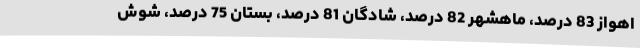
اهواز 83 درصد، ماهشهر 82 درصد، شادگان 81 درصد، بستان 75 درصد، شوش